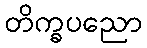
တိက္ခပညော